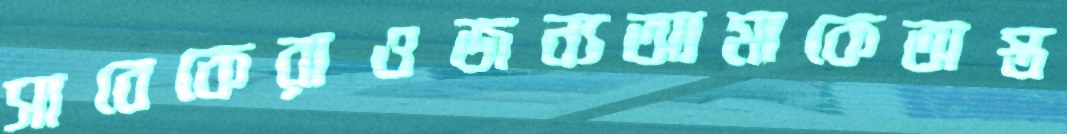
সাবেকেরাওজন্যআমাকেঅস্ত